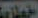
الخطاط